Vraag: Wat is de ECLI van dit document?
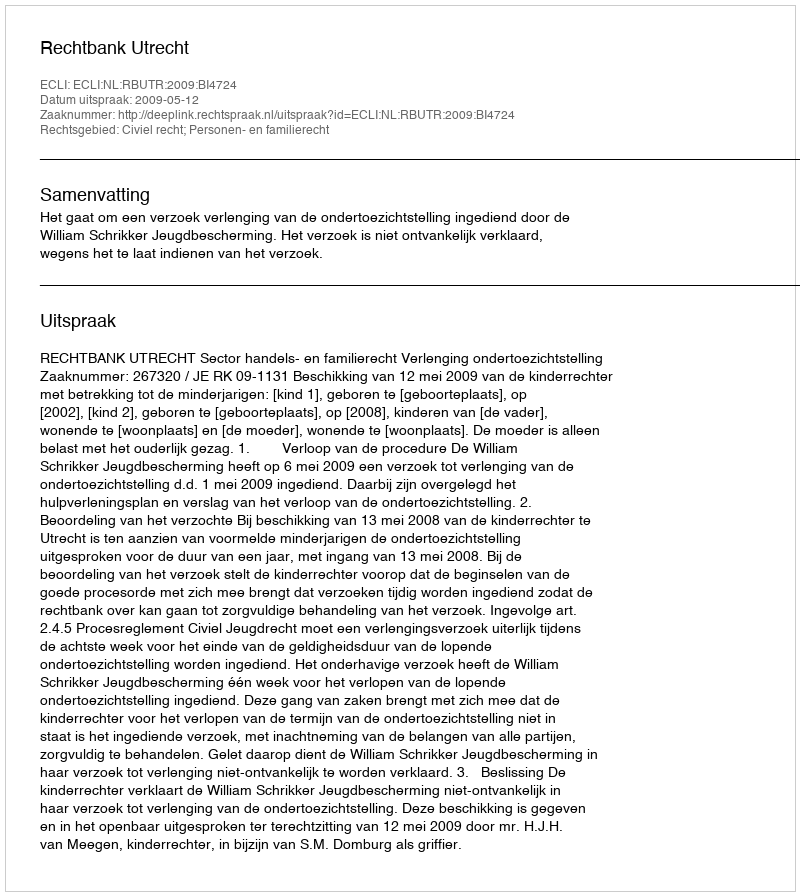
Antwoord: ECLI:NL:RBUTR:2009:BI4724